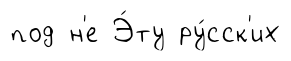
под н'е Э́ту ру́сск'их